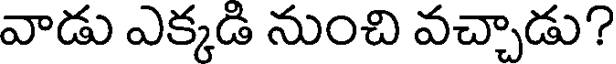
వాడు ఎక్కడి నుంచి వచ్చాడు?